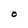
Character: O